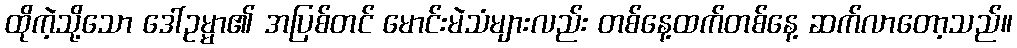
ထိုကဲ့သို့သော ဒေါ်ဥမ္မာ၏ အပြစ်တင် မောင်းမဲသံများလည်း တစ်နေ့ထက်တစ်နေ့ ဆက်လာတော့သည်။